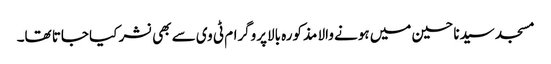
مسجد سیدنا حسین میں ہونے والا مذکورہ بالاپروگرام ٹی وی سے بھی نشر کیا جاتا تھا۔